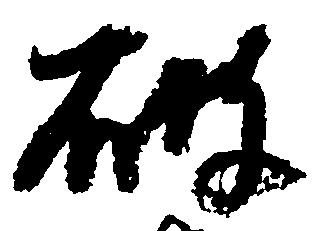
破